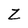
Character: Z